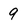
Character: 9